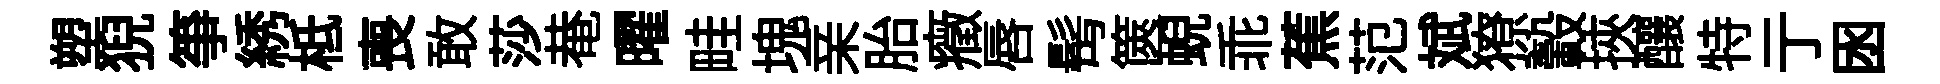
塑猊箏綉柢喪敢莎𤲅曜畦塊亲胎癥唇髩篋蜺乖蕉范斌獠轂挾釀特亍囦